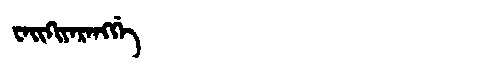
Manchu: ᠸᠠᡳᡴᡳᠶᠠᡵᠠᠩᡤᡝ
Romanization: WAIKIYARANGGE